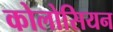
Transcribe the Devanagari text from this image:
कोलोसियन